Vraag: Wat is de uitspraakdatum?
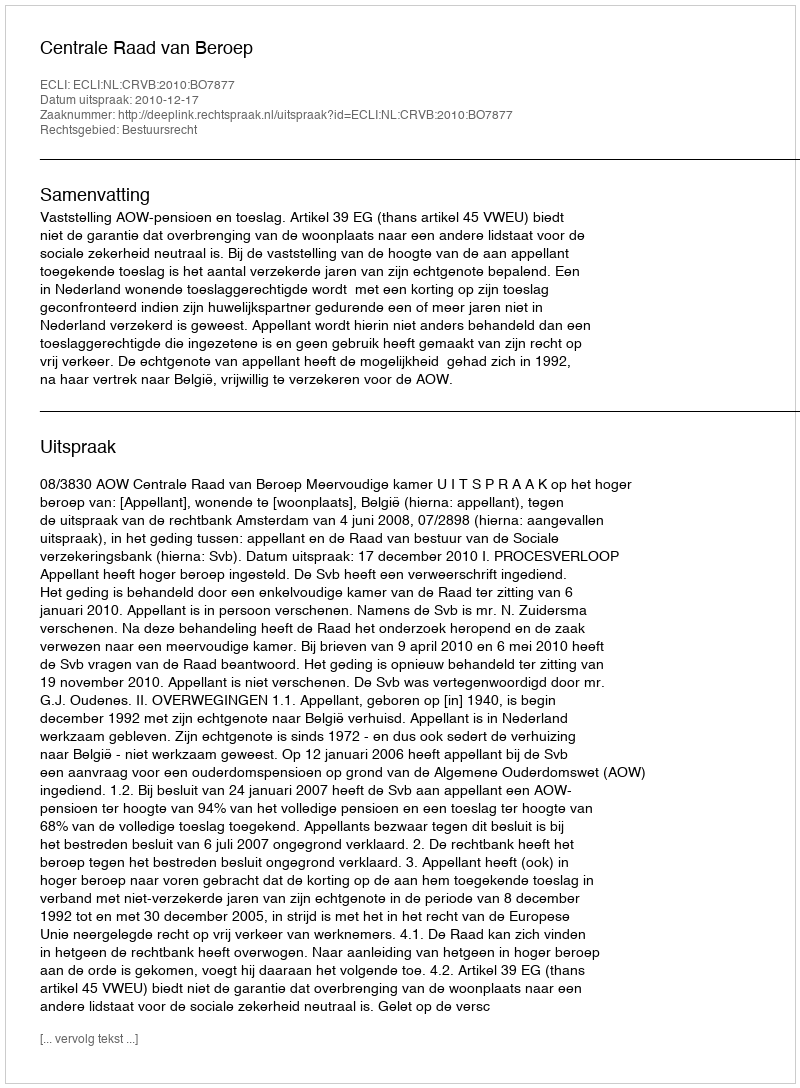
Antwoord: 2010-12-17